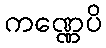
ကဏ္ဏေပိ